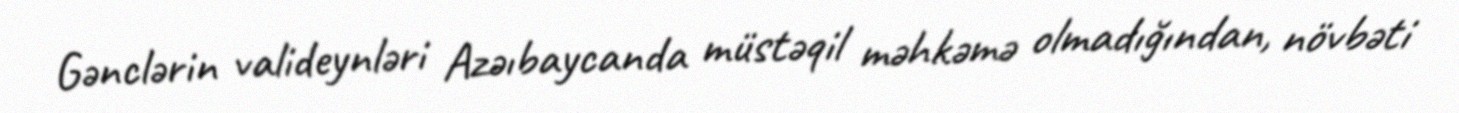
Gənclərin valideynləri Azəıbaycanda müstəqil məhkəmə olmadığından, növbəti